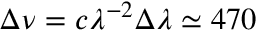
\Delta \nu = c \lambda ^ { - 2 } \Delta \lambda \simeq 4 7 0